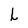
Character: h